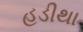
હડીથા